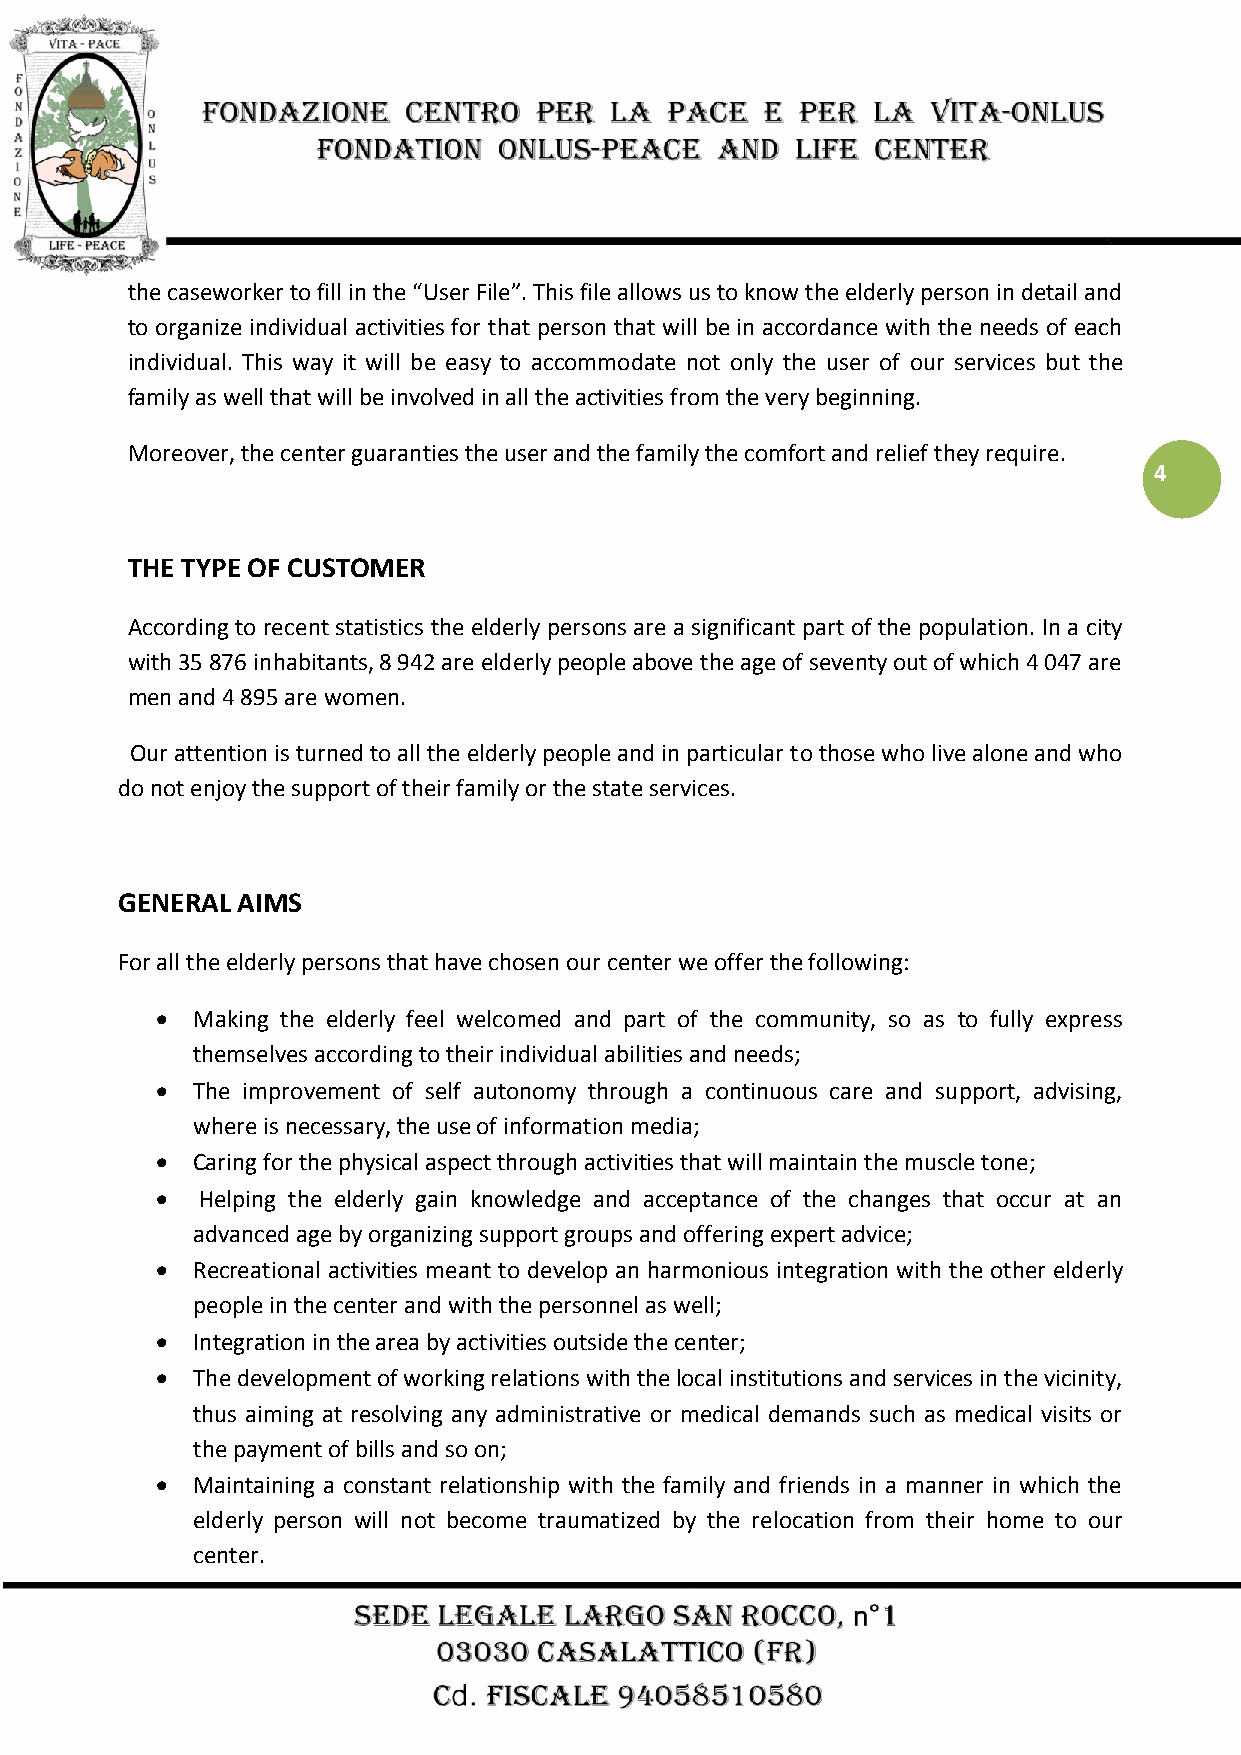
the caseworker to fill in the “User File”. This file allows us to know the elderly person in detail and
 to organize individual activities for that person that will be in accordance with the needs of each
 individual. This way it will be easy to accommodate not only the user of our services but the
 family as well that will be involved in all the activities from the very beginning.
 Moreover, the center guaranties the user and the family the comfort and relief they require.
 4
 THE TYPE OF CUSTOMER
 According to recent statistics the elderly persons are a significant part of the population. In a city
 with 35 876 inhabitants, 8 942 are elderly people above the age of seventy out of which 4 047 are
 men and 4 895 are women.
 Our attention is turned to all the elderly people and in particular to those who live alone and who
 do not enjoy the support of their family or the state services.
 GENERAL AIMS
 For all the elderly persons that have chosen our center we offer the following:
   Making the elderly feel welcomed and part of the community, so as to fully express
 themselves according to their individual abilities and needs;
   The improvement of self autonomy through a continuous care and support, advising,
 where is necessary, the use of information media;
   Caring for the physical aspect through activities that will maintain the muscle tone;
   Helping the elderly gain knowledge and acceptance of the changes that occur at an
 advanced age by organizing support groups and offering expert advice;
   Recreational activities meant to develop an harmonious integration with the other elderly
 people in the center and with the personnel as well;
   Integration in the area by activities outside the center;
   The development of working relations with the local institutions and services in the vicinity,
 thus aiming at resolving any administrative or medical demands such as medical visits or
 the payment of bills and so on;
   Maintaining a constant relationship with the family and friends in a manner in which the
 elderly person will not become traumatized by the relocation from their home to our
 center.